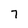
Character: 7